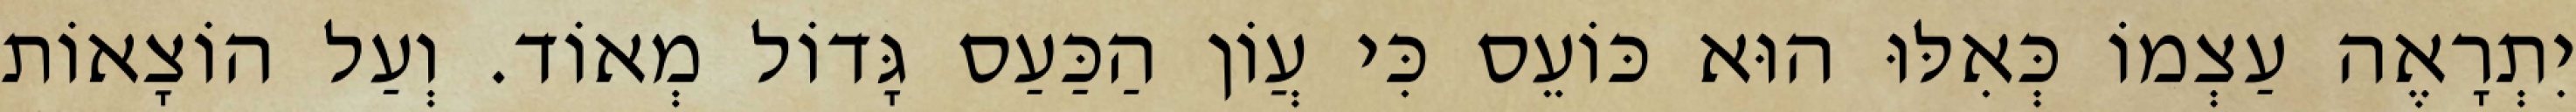
יִתְרָאֶה עַצְמוֹ כְּאִלּוּ הוּא כּוֹעֵס כִּי עֲוֹן הַכַּעַס גָּדוֹל מְאוֹד. וְעַל הוֹצָאוֹת